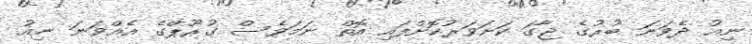
ނިއު ދެވަނަ ބުރުގެ ޖާގަ ކަށަވަރުކޮށްފައި އޮތް ނަމަވެސް ގުރޫޕްގެ އެއްވަނަ ނިއު